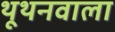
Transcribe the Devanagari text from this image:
थूथनवाला